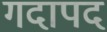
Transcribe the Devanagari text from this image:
गदापद